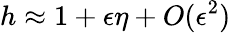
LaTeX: h\approx 1+\epsilon\eta+O(\epsilon^{2})